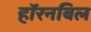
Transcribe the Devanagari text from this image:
हॉरनबिल